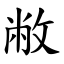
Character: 敝